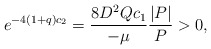
\begin{align*}e^{-4(1+q)c_2} = \frac{8 D^2 Q c_1}{-\mu}\frac{|P|}{P} > 0,\end{align*}